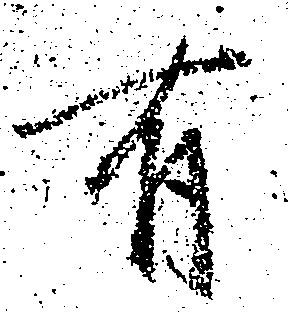
有